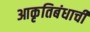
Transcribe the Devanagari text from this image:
आकृतिबंधाची